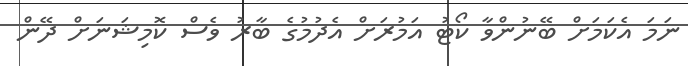
ނަމަ އެކަމަށް ބޭނުންވާ ކޯޓު އަމުރަށް އެދުމުގެ ބާރު ވެސް ކޮމިޝަނަށް ދޭން